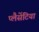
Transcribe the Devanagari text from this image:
प्लैसेंटिया